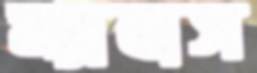
ম্যাবাস